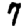
Digit: 7